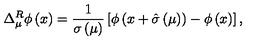
\Delta _ { \mu } ^ { R } \phi \left( x \right) = { \frac { 1 } { \sigma \left( \mu \right) } } \left[ \phi \left( x + \hat { \sigma } \left( \mu \right) \right) - \phi \left( x \right) \right] ,